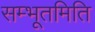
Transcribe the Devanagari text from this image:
सम्भूतमिति